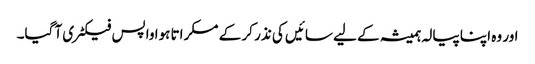
اور وہ اپنا پیالہ ہمیشہ کے لیے سائیں کی نذر کر کے مسکراتا ہوا واپس فیکٹری آ گیا۔